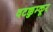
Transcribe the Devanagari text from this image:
वटक्कुम्कूर